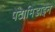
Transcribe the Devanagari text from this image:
पेंटामिडाइन